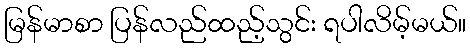
မြန်မာစာ ပြန်လည်ထည့်သွင်း ရပါလိမ့်မယ်။